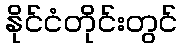
နိုင်ငံတိုင်းတွင်